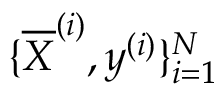
\{ \overline { { \boldsymbol X } } ^ { ( i ) } , \boldsymbol y ^ { ( i ) } \} _ { i = 1 } ^ { N }